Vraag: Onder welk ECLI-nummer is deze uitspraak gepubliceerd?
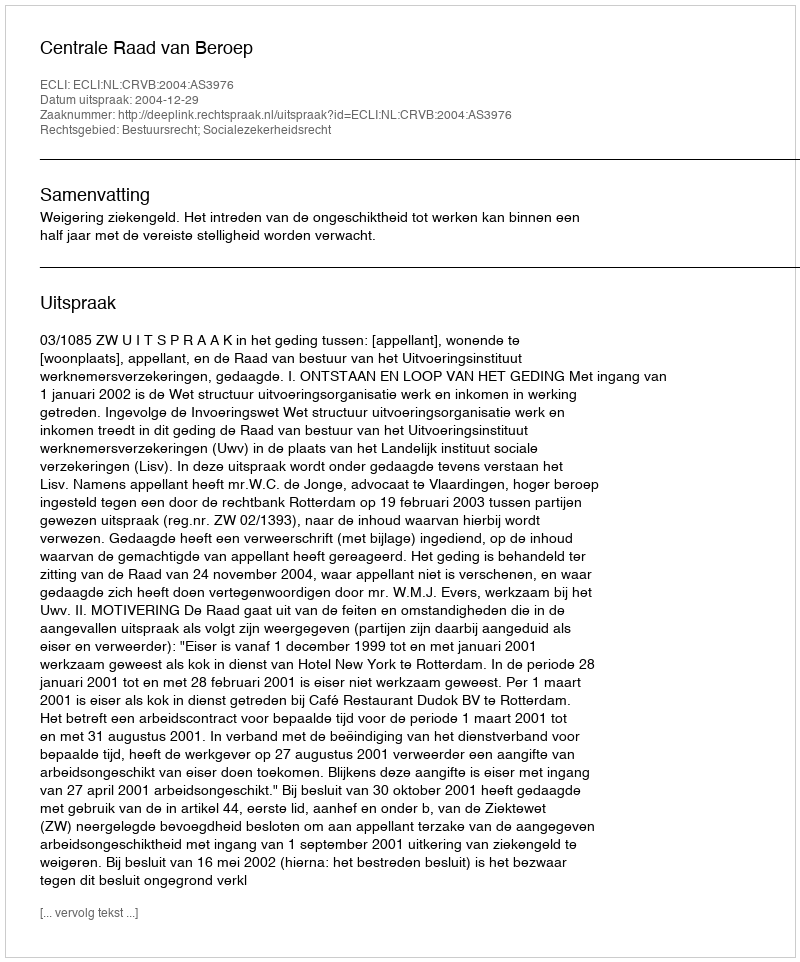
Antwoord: ECLI:NL:CRVB:2004:AS3976